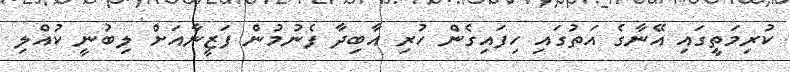
ކުރިމަތީގައި އޭނާގެ އަތުގައި ހިފައިގެން ހުރި އާބިދާ ފެނުމުން ފަޒީނާއަށް ލިބުނީ ކުއްލި